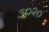
૩૦૨૦